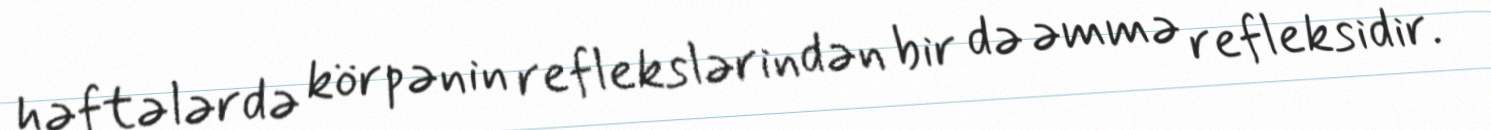
həftələrdə körpənin reflekslərindən bir də əmmə refleksidir.